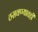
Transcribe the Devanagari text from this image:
ठसवण्यातही